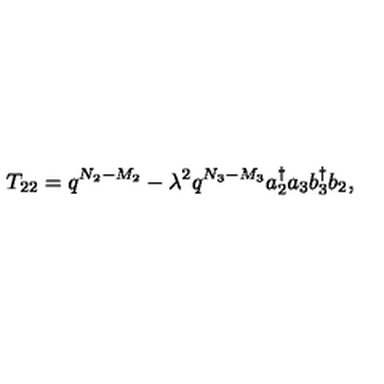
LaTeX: T _ { 2 2 } = q ^ { N _ { 2 } - M _ { 2 } } - \lambda ^ { 2 } q ^ { N _ { 3 } - M _ { 3 } } a _ { 2 } ^ { \dag } a _ { 3 } b _ { 3 } ^ { \dag } b _ { 2 } ,